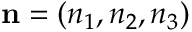
{ \mathbf n } = ( n _ { 1 } , n _ { 2 } , n _ { 3 } )